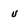
Character: u